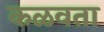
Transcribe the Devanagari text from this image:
कळवता